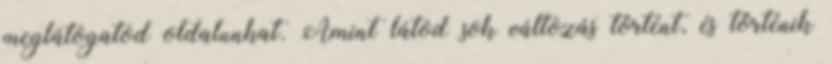
meglátogatod oldalunkat. Amint látod sok változás történt, és történik